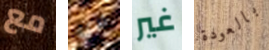
مع لدي غير بالعودة